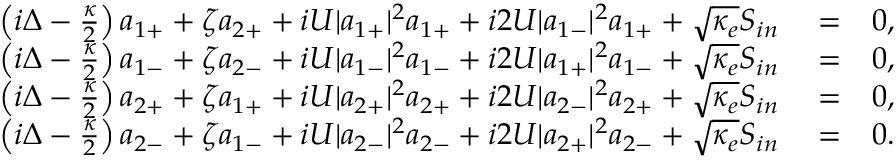
\begin{array} { r l r } { \left( i \Delta - \frac { \kappa } { 2 } \right) a _ { 1 + } + \zeta a _ { 2 + } + i U | a _ { 1 + } | ^ { 2 } a _ { 1 + } + i 2 U | a _ { 1 - } | ^ { 2 } a _ { 1 + } + \sqrt { \kappa _ { e } } S _ { i n } } & { { } = } & { 0 , } \\ { \left( i \Delta - \frac { \kappa } { 2 } \right) a _ { 1 - } + \zeta a _ { 2 - } + i U | a _ { 1 - } | ^ { 2 } a _ { 1 - } + i 2 U | a _ { 1 + } | ^ { 2 } a _ { 1 - } + \sqrt { \kappa _ { e } } S _ { i n } } & { { } = } & { 0 , } \\ { \left( i \Delta - \frac { \kappa } { 2 } \right) a _ { 2 + } + \zeta a _ { 1 + } + i U | a _ { 2 + } | ^ { 2 } a _ { 2 + } + i 2 U | a _ { 2 - } | ^ { 2 } a _ { 2 + } + \sqrt { \kappa _ { e } } S _ { i n } } & { { } = } & { 0 , } \\ { \left( i \Delta - \frac { \kappa } { 2 } \right) a _ { 2 - } + \zeta a _ { 1 - } + i U | a _ { 2 - } | ^ { 2 } a _ { 2 - } + i 2 U | a _ { 2 + } | ^ { 2 } a _ { 2 - } + \sqrt { \kappa _ { e } } S _ { i n } } & { { } = } & { 0 . } \end{array}